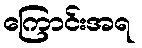
ကြောင်းအရ